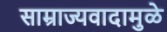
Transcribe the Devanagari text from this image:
साम्राज्यवादामुळे